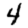
Digit: 4